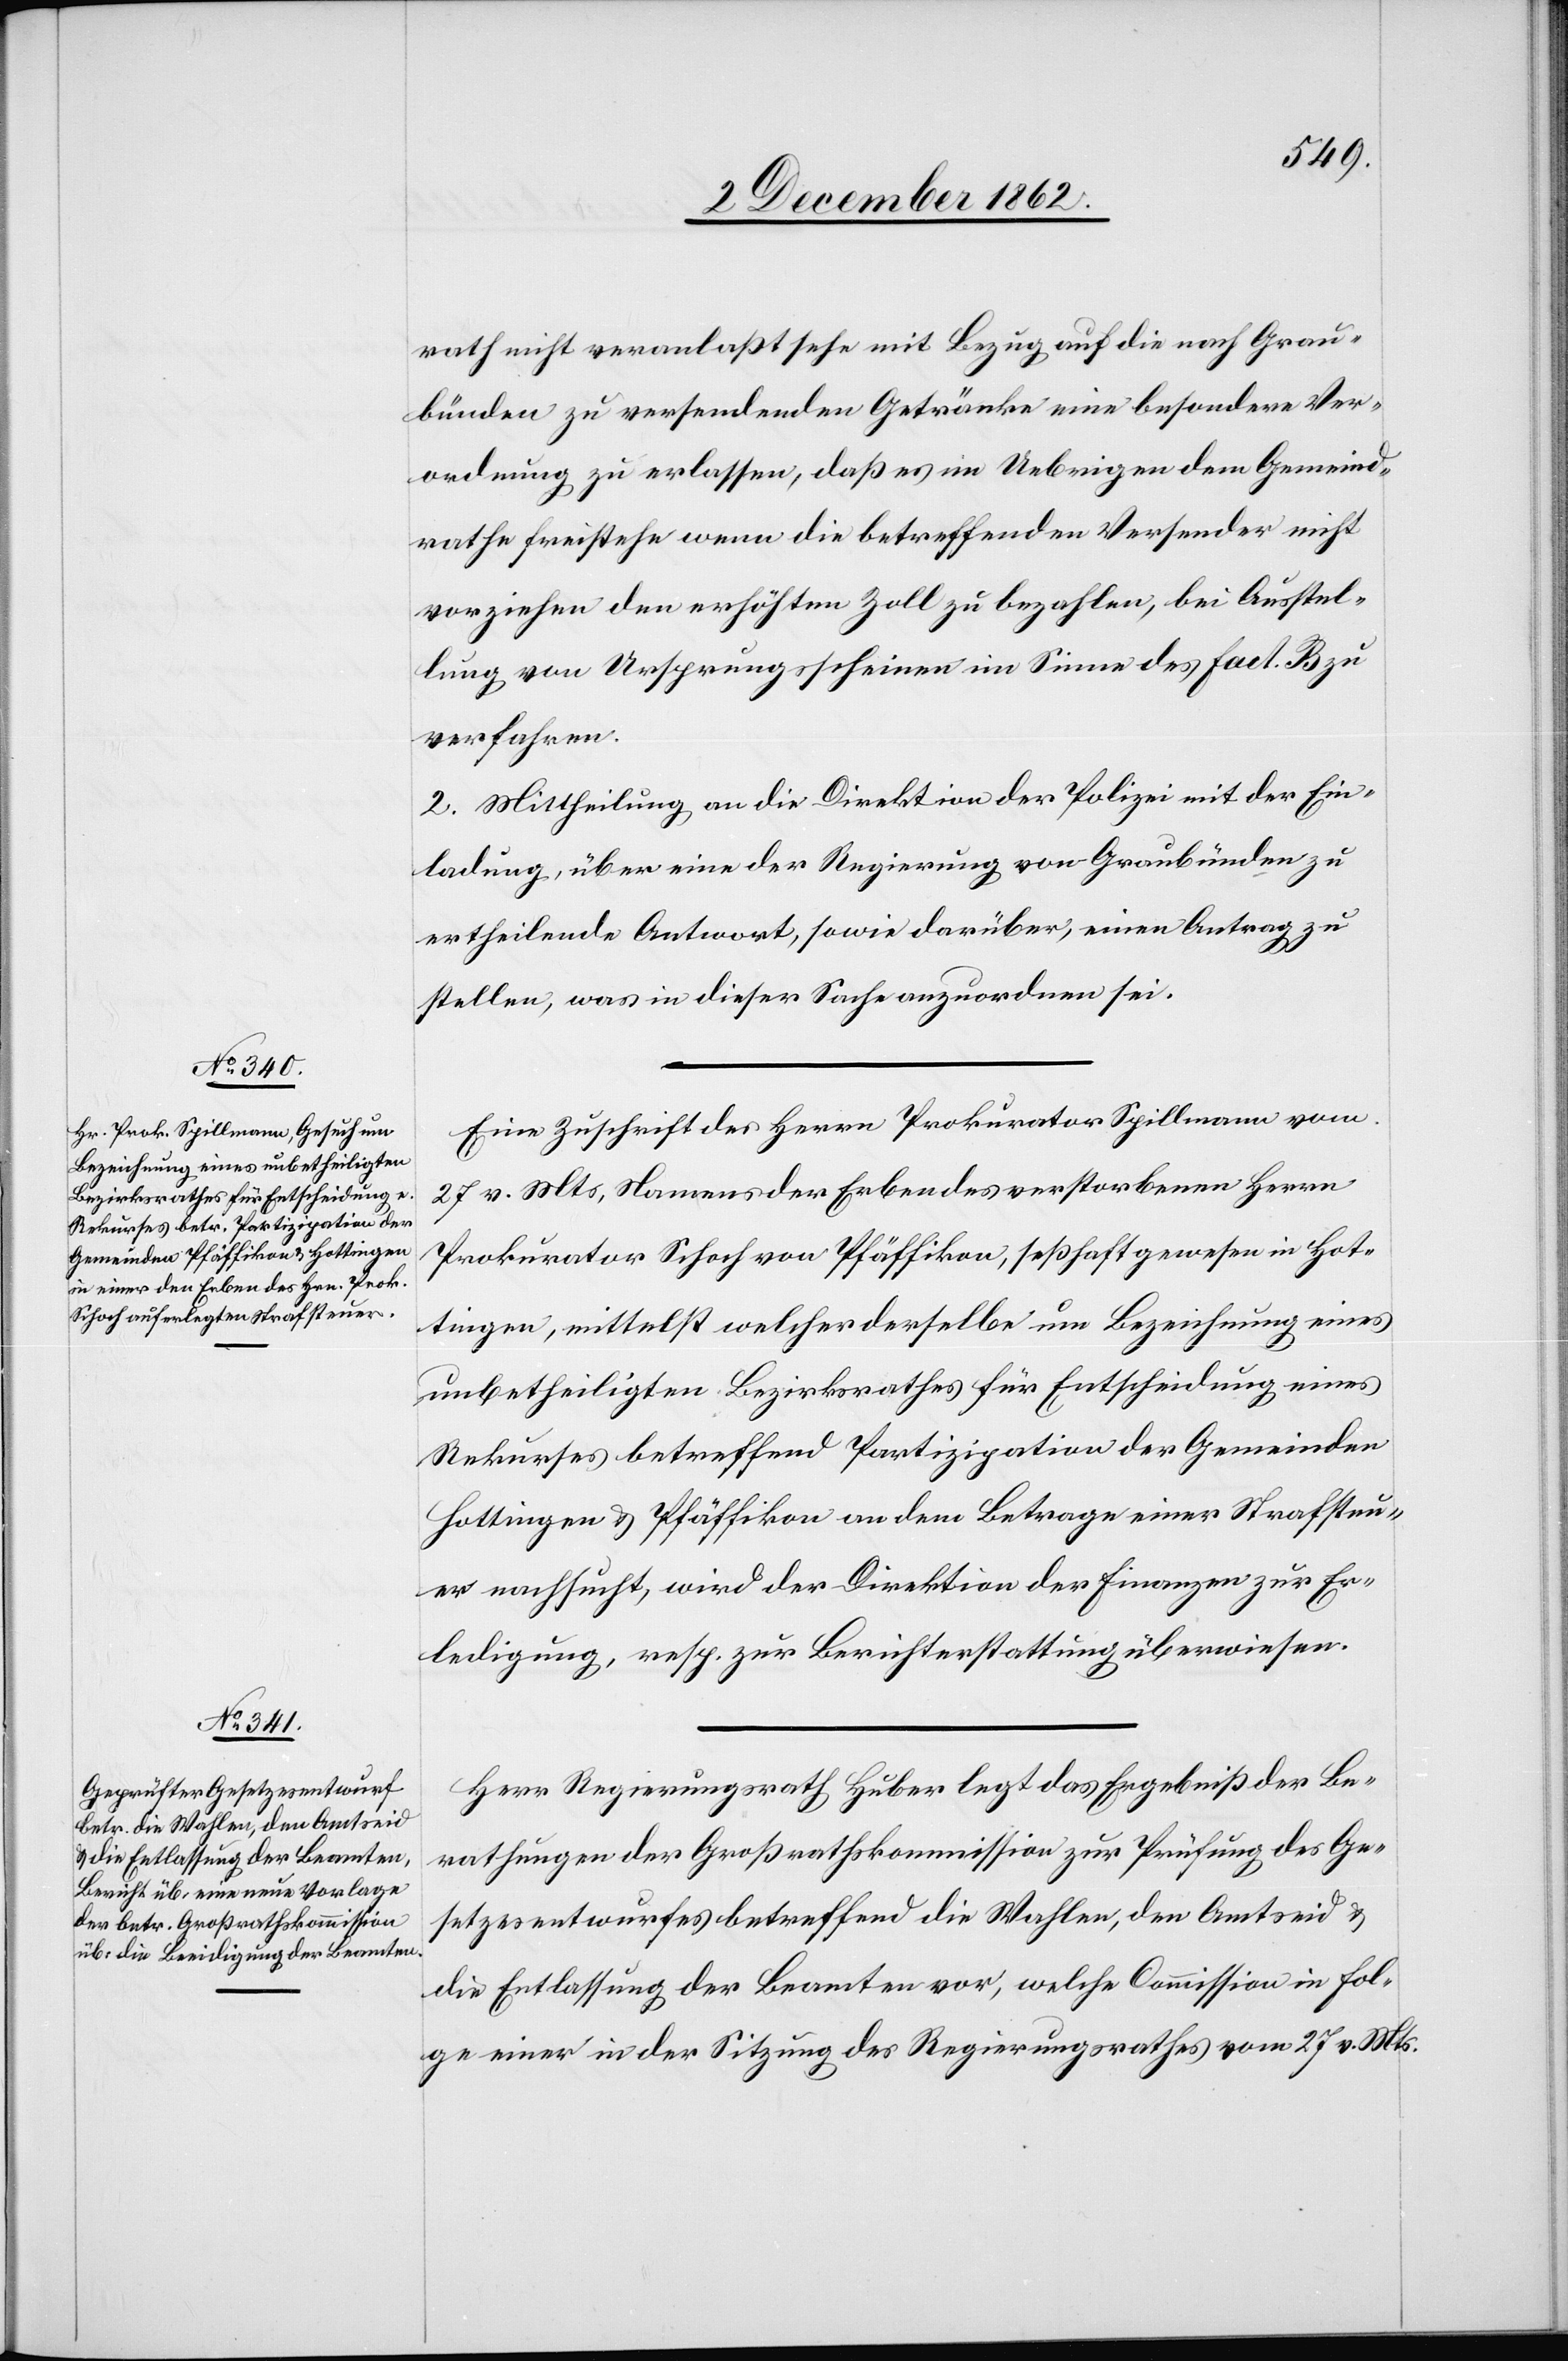
rath nicht veranlaßt sehe mit Bezug auf die nach Grau¬
bünden zu versendenden Getränke eine besondere Ver¬
ordnung zu erlassen, daß es im Uebrigen dem Gemeind¬
rathe freistehe wenn die betreffenden Versender nicht
vorziehen den erhöhten Zoll zu bezahlen, bei Ausstel¬
lung von Ursprungsscheinen im Sinne des Fact. B zu
verfahren.
2. Mittheilung an die Direktion der Polizei mit der Ein¬
ladung, über eine der Regierung von Graubünden zu
ertheilende Antwort, sowie darüber, einen Antrag zu
stellen, was in dieser Sache anzuordnen sei.
Eine Zuschrift des Herrn Prokurator Spillmann vom
27. v. Mts., Namens der Erben des verstorbenen Herrn
Prokurator Schoch von Pfäffikon, seßhaft gewesen in Hot¬
tingen, mittelst welcher derselbe um Bezeichnung eines
unbetheiligten Bezirksrath für Entscheidung eines
Rekurses betreffend Partizipation der Gemeinden
Hottingen u. Pfäffikon an dem Betrage einer Strafsteu¬
er nachsucht, wird der Direktion der Finanzen zur Er¬
ledigung, resp. zur Berichterstattung überwiesen.
Herr Regierungsrath Huber legt das Ergebniß der Be¬
rathungen der Großrathskommission zur Prüfung des Ge¬
setzesentwurfes betreffend die Wahlen, den Amtseid u.
die Entlassung der Beamten vor, welche Commission in Fol¬
ge einer in der Sitzung des Regierungsrathes vom 27. v. Mts.